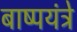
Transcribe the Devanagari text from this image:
बाष्पयंत्रे